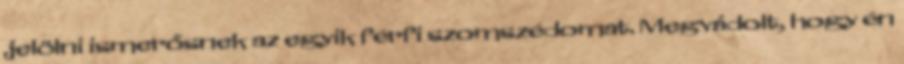
jelölni ismerősnek az egyik férfi szomszédomat. Megvádolt, hogy én